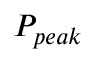
P _ { p e a k }